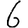
Digit: 6